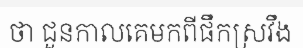
ថា ជួនកាលគេមកពីផឹកស្រវឹង